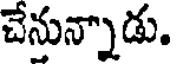
చేనున్నాడు.